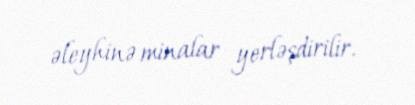
əleyhinə minalar yerləşdirilir.